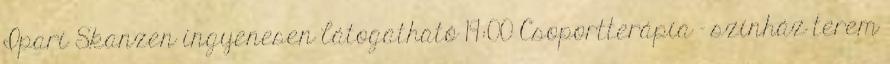
Ipari Skanzen ingyenesen látogatható 19:00 Csoportterápia - színház terem